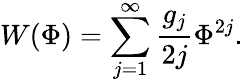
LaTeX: W(\Phi)=\sum_{j=1}^{\infty}\frac{g_{j}}{2j}\Phi^{2j}.